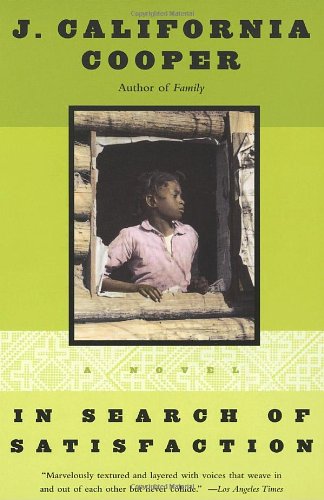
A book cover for In Search of Satisfaction; J. California Cooper; Literature & Fiction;